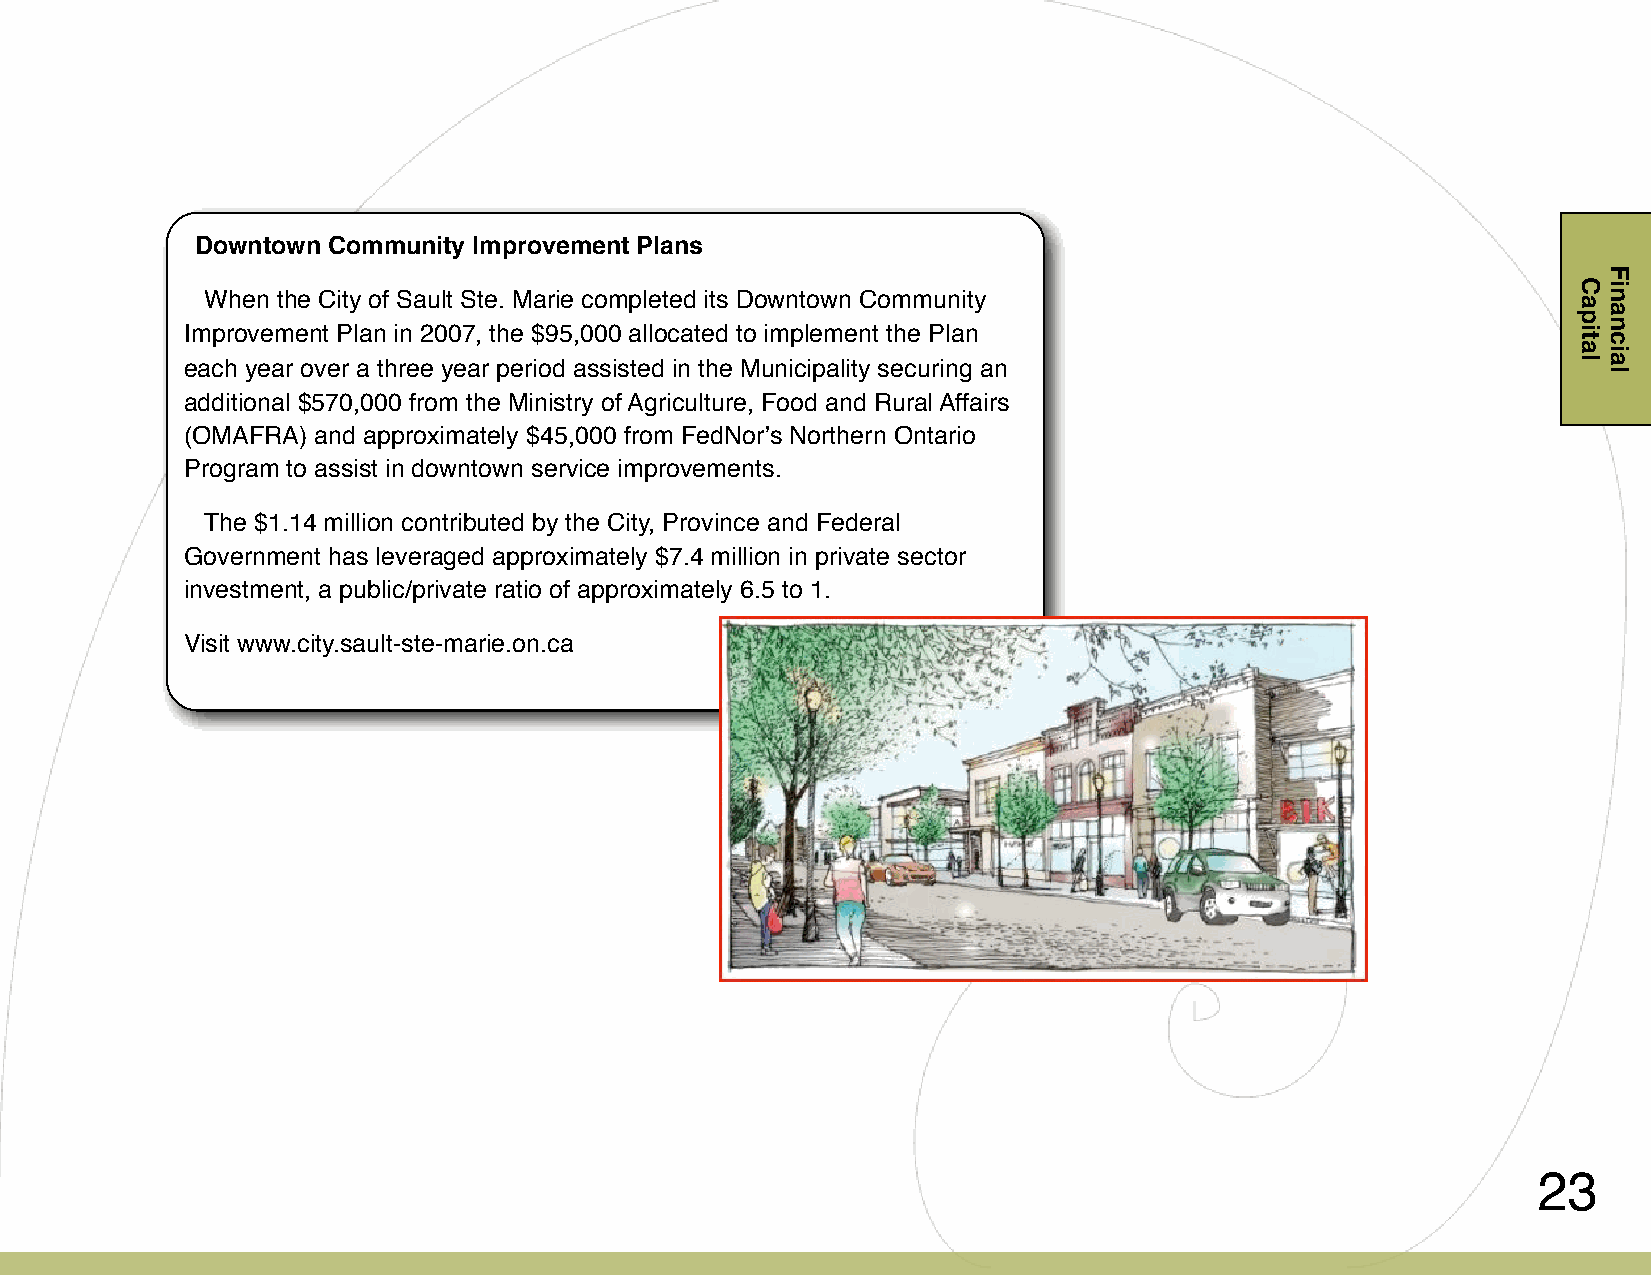
Downtown Community Improvement Plans
 When the City of Sault Ste. Marie completed its Downtown Community
 Improvement Plan in 2007, the $95,000 allocated to implement the Plan
 each year over a three year period assisted in the Municipality securing an
 additional $570,000 from the Ministry of Agriculture, Food and Rural Affairs
 (OMAFRA) and approximately $45,000 from FedNorʼs Northern Ontario
 Program to assist in downtown service improvements.
 The $1.14 million contributed by the City, Province and Federal
 Government has leveraged approximately $7.4 million in private sector
 investment, a public/private ratio of approximately 6.5 to 1.
 Visit www.city.sault-ste-marie.on.ca
 23
 Capital
 Financial